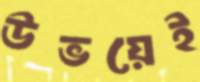
উভয়েই